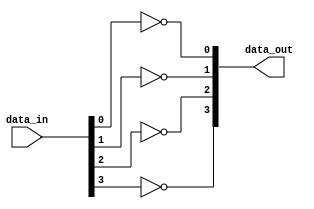
module generate_example #(
    parameter NUM_INSTANCES = 4  // Parameter to define the number of instances
) (
    input wire [NUM_INSTANCES-1:0] data_in,  // Input data
    output wire [NUM_INSTANCES-1:0] data_out  // Output data
);

    // Define a generate variable
    genvar i;

    // Generate loop to create multiple instances of a simple inverter module
    generate
        for (i = 0; i < NUM_INSTANCES; i = i + 1) begin : inverter_inst
            // Instantiate an inverter for each index i
            assign data_out[i] = ~data_in[i];  // Simple inverter logic
        end
    endgenerate

endmodule